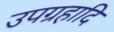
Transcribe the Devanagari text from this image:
उपग्रहादि